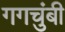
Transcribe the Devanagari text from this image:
गगचुंबी